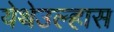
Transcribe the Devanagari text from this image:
येथेउल्हास